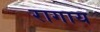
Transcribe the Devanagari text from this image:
रागाय